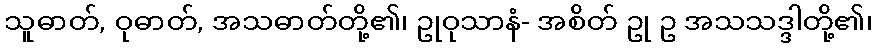
သူဓာတ်, ဝုဓာတ်, အသဓာတ်တို့၏၊ ဥုဝုသာနံ- အစိတ် ဥု ဥ အသသဒ္ဒါတို့၏၊